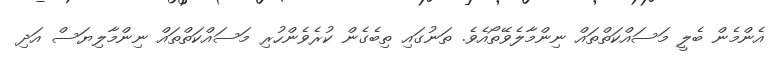
އެންމެން ބެލީ މަސައްކަތްތައް ނިންމާލެވޭތޯއެވެ. ތަނުގައި ތިބެގެން ކުރެވެންހުރި މަސައްކަތްތައް ނިންމާލިޔަސް އަދި